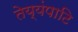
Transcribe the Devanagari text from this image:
तेय्यंपाटि